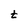
Character: t